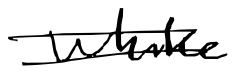
Text: while
Cross-out: double-line
Writing tool: digital_black